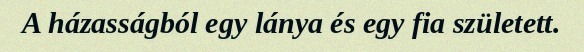
A házasságból egy lánya és egy fia született.